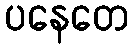
ပနေတေ